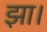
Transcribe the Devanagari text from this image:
झा।